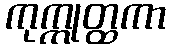
ကုက္ကုတ္ထကာ